Report of cholera committee
Disease focus: Cholera
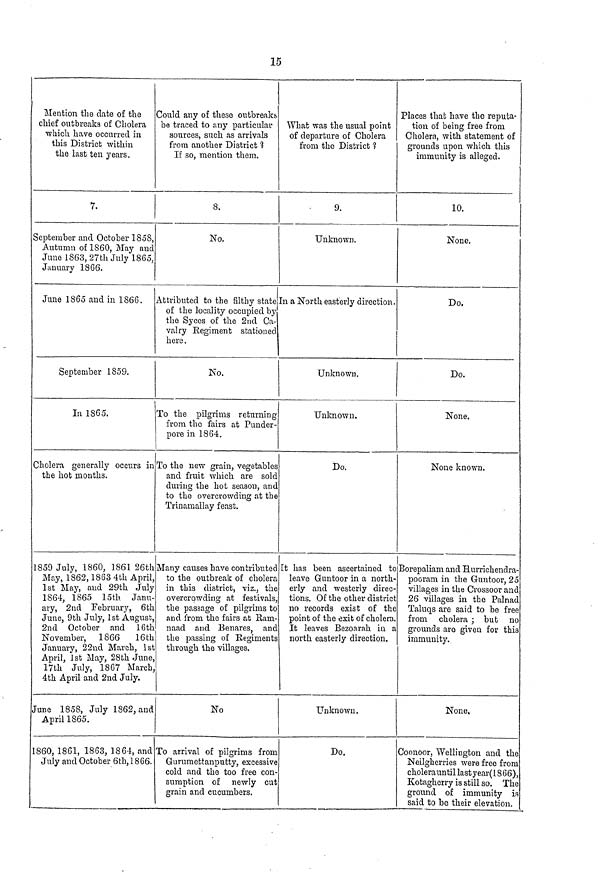
15
Mention the date of the
chief outbreaks of Cholera
which have occurred in
this District within
the last ten years.
7.
September and October 1858,
Autumn of 1860, May and
June 1863, 27th July 1865,
January 1866.
June 1865 and in 1866.
September 1859.
In 1865.
Cholera generally occurs in
the hot months.
1859 July, i860, 1861 26th
May, 1862, 1863 4th April,
1st May, and 29th July
1864, 1865 15th Janu-
ary, 2nd February, 6th
June, 9th July, 1st August,
2nd October and 16th
November, 1866
16th
January, 22nd March, 1st
April, 1st May, 28th June
17th July, 1867 March
4th April and 2nd July.
June 1858, July 1862, and
April 1865.
1860, 1861, 1863, 1864, and
July and October 6th, 1866.
Could any of these outbreaks
be traced to any particular
sources, such as arrivals
from another District 1
If so, mention them.
8.
No.
Attributed to the filthy state
of the locality occupied by
the Syces of the 2nd Ca-
valry Regiment stationed
here.
No.
To the pilgrims returning
from the fairs at Punder-
pore in 1864.
To the new grain, vegetables
and fruit which are sold
during the hot season, and
to the overcrowding at the
Trinamallay feast.
Many causes have contributed
to the outbreak of cholera
in this district, viz., the
overcrowding at festivals,
the passage of pilgrims to
and from the fairs at Ram-
naad and Benares, and
the passing of Regiments
through, the villages.
No
To arrival of pilgrims from
Gurumettanputty, excessive
cold and the too free con-
sumption of newly cut
grain and cucumbers.
What was the usual point
of departure of Cholera
from the District ?
9.
Unknown.
In a North easterly direction.
Unknown.
Unknown.
Do.
It has been ascertained to
leave Guntoor in a north-
erly and westerly direc-
tions. Of the other district
no records exist of the
point of the exit of cholera.
It leaves Bezoarah in a
north easterly direction.
Unknown.
Do.
Places that have the reputa-
tion of being free from
Cholera, with statement of
grounds upon which this
immunity is alleged.
10.
None.
Do.
Do.
None.
None known.
Borepaliam and Hurrichendra-
pooram in the Guntoor, 25
villages in the Crossoor and;
26 villages in the Palnad
Taluqs are said to be free
from cholera ; but no
grounds are given for this
immunity.
None,
Coonoor, Wellington and the
Neilgherries were free from
cholerauntil last year(1866),
Kotagherry is still so. The
ground of immunity is
said to be their elevation.